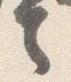
言